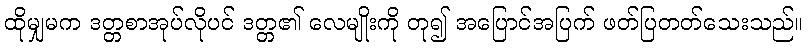
ထိုမျှမက ဒတ္တစာအုပ်လိုပင် ဒတ္တ၏ လေမျိုးကို တု၍ အပြောင်အပြက် ဖတ်ပြတတ်သေးသည်။